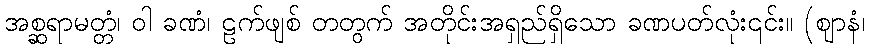
အစ္ဆရာမတ္တံ၊ ဝါ ခဏံ၊ ဠက်ဖျစ် တတွက် အတိုင်းအရှည်ရှိသော ခဏပတ်လုံး၎င်း။ (ဈာနံ၊